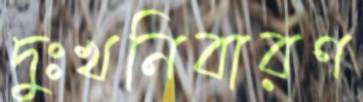
দুঃখনিবারণ